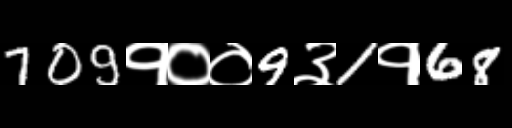
Text: 709१००9३1१68